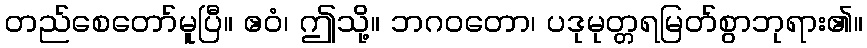
တည်စေတော်မူပြီ။ ဧဝံ၊ ဤသို့။ ဘဂဝတော၊ ပဒုမုတ္တရမြတ်စွာဘုရား၏။